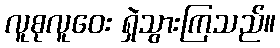
လူစုလူဝေး ရှဲသွားကြသည်။